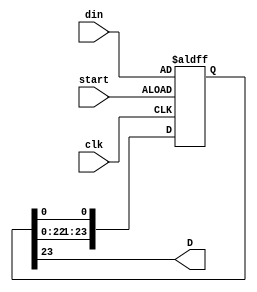

	module serial_out(din,start,clk,D);
	input start,clk;
	input [23:0] din;
	reg [23:0] store;
	output wire D;
		
	always @(posedge clk or posedge start)
		begin
			if(start)
				store = din;
			else
				begin
				store[23] <= store[22];
				store[22] <= store[21];
				store[21] <= store[20];
				store[20] <= store[19];
				store[19] <= store[18];
				store[18] <= store[17];
				store[17] <= store[16];
				store[16] <= store[15];
				store[15] <= store[14];
				store[14] <= store[13];
				store[13] <= store[12];
				store[12] <= store[11];
				store[11] <= store[10];
				store[10] <= store[9];
				store[9] <= store[8];
				store[8] <= store[7];
				store[7] <= store[6];
				store[6] <= store[5];
				store[5] <= store[4];
				store[4] <= store[3];
				store[3] <= store[2];
				store[2] <= store[1];
				store[1] <= store[0];
				
			end
		end

	assign D = store[23];
	
	
endmodule